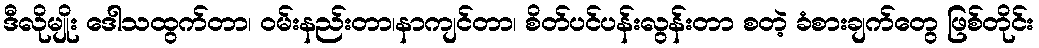
ဒီလိုမျိုး ဒေါသထွက်တာ၊ ဝမ်းနည်းတာ၊နာကျင်တာ၊ စိတ်ပင်ပန်းလွန်းတာ စတဲ့ ခံစားချက်တွေ ဖြစ်တိုင်း